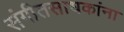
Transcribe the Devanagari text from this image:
संगीतसाधकांना